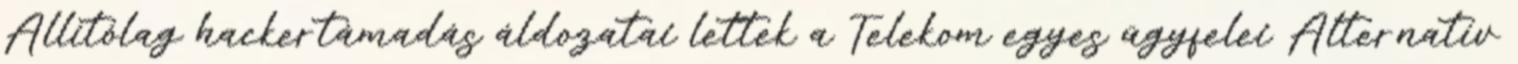
Állítólag hackertámadás áldozatai lettek a Telekom egyes ügyfelei Alternatív